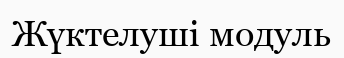
Жүктелуші модуль